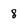
Character: 8